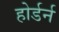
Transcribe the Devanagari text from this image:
होर्डर्न